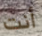
أنت